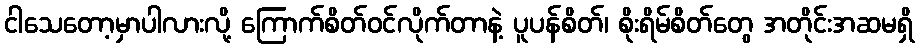
ငါသေတော့မှာပါလားလို့ ကြောက်စိတ်ဝင်လိုက်တာနဲ့ ပူပန်စိတ်၊ စိုးရိမ်စိတ်တွေ အတိုင်းအဆမရှိ